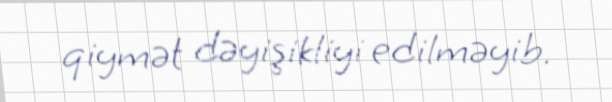
qiymət dəyişikliyi edilməyib.